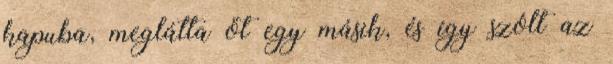
kapuba, meglátta őt egy másik, és így szólt az